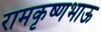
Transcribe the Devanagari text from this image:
रामकृष्णभाऊ